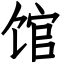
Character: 馆